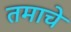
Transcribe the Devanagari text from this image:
तमाचे